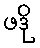
ဖဒို